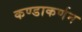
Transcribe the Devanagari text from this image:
कण्डाकर्णन